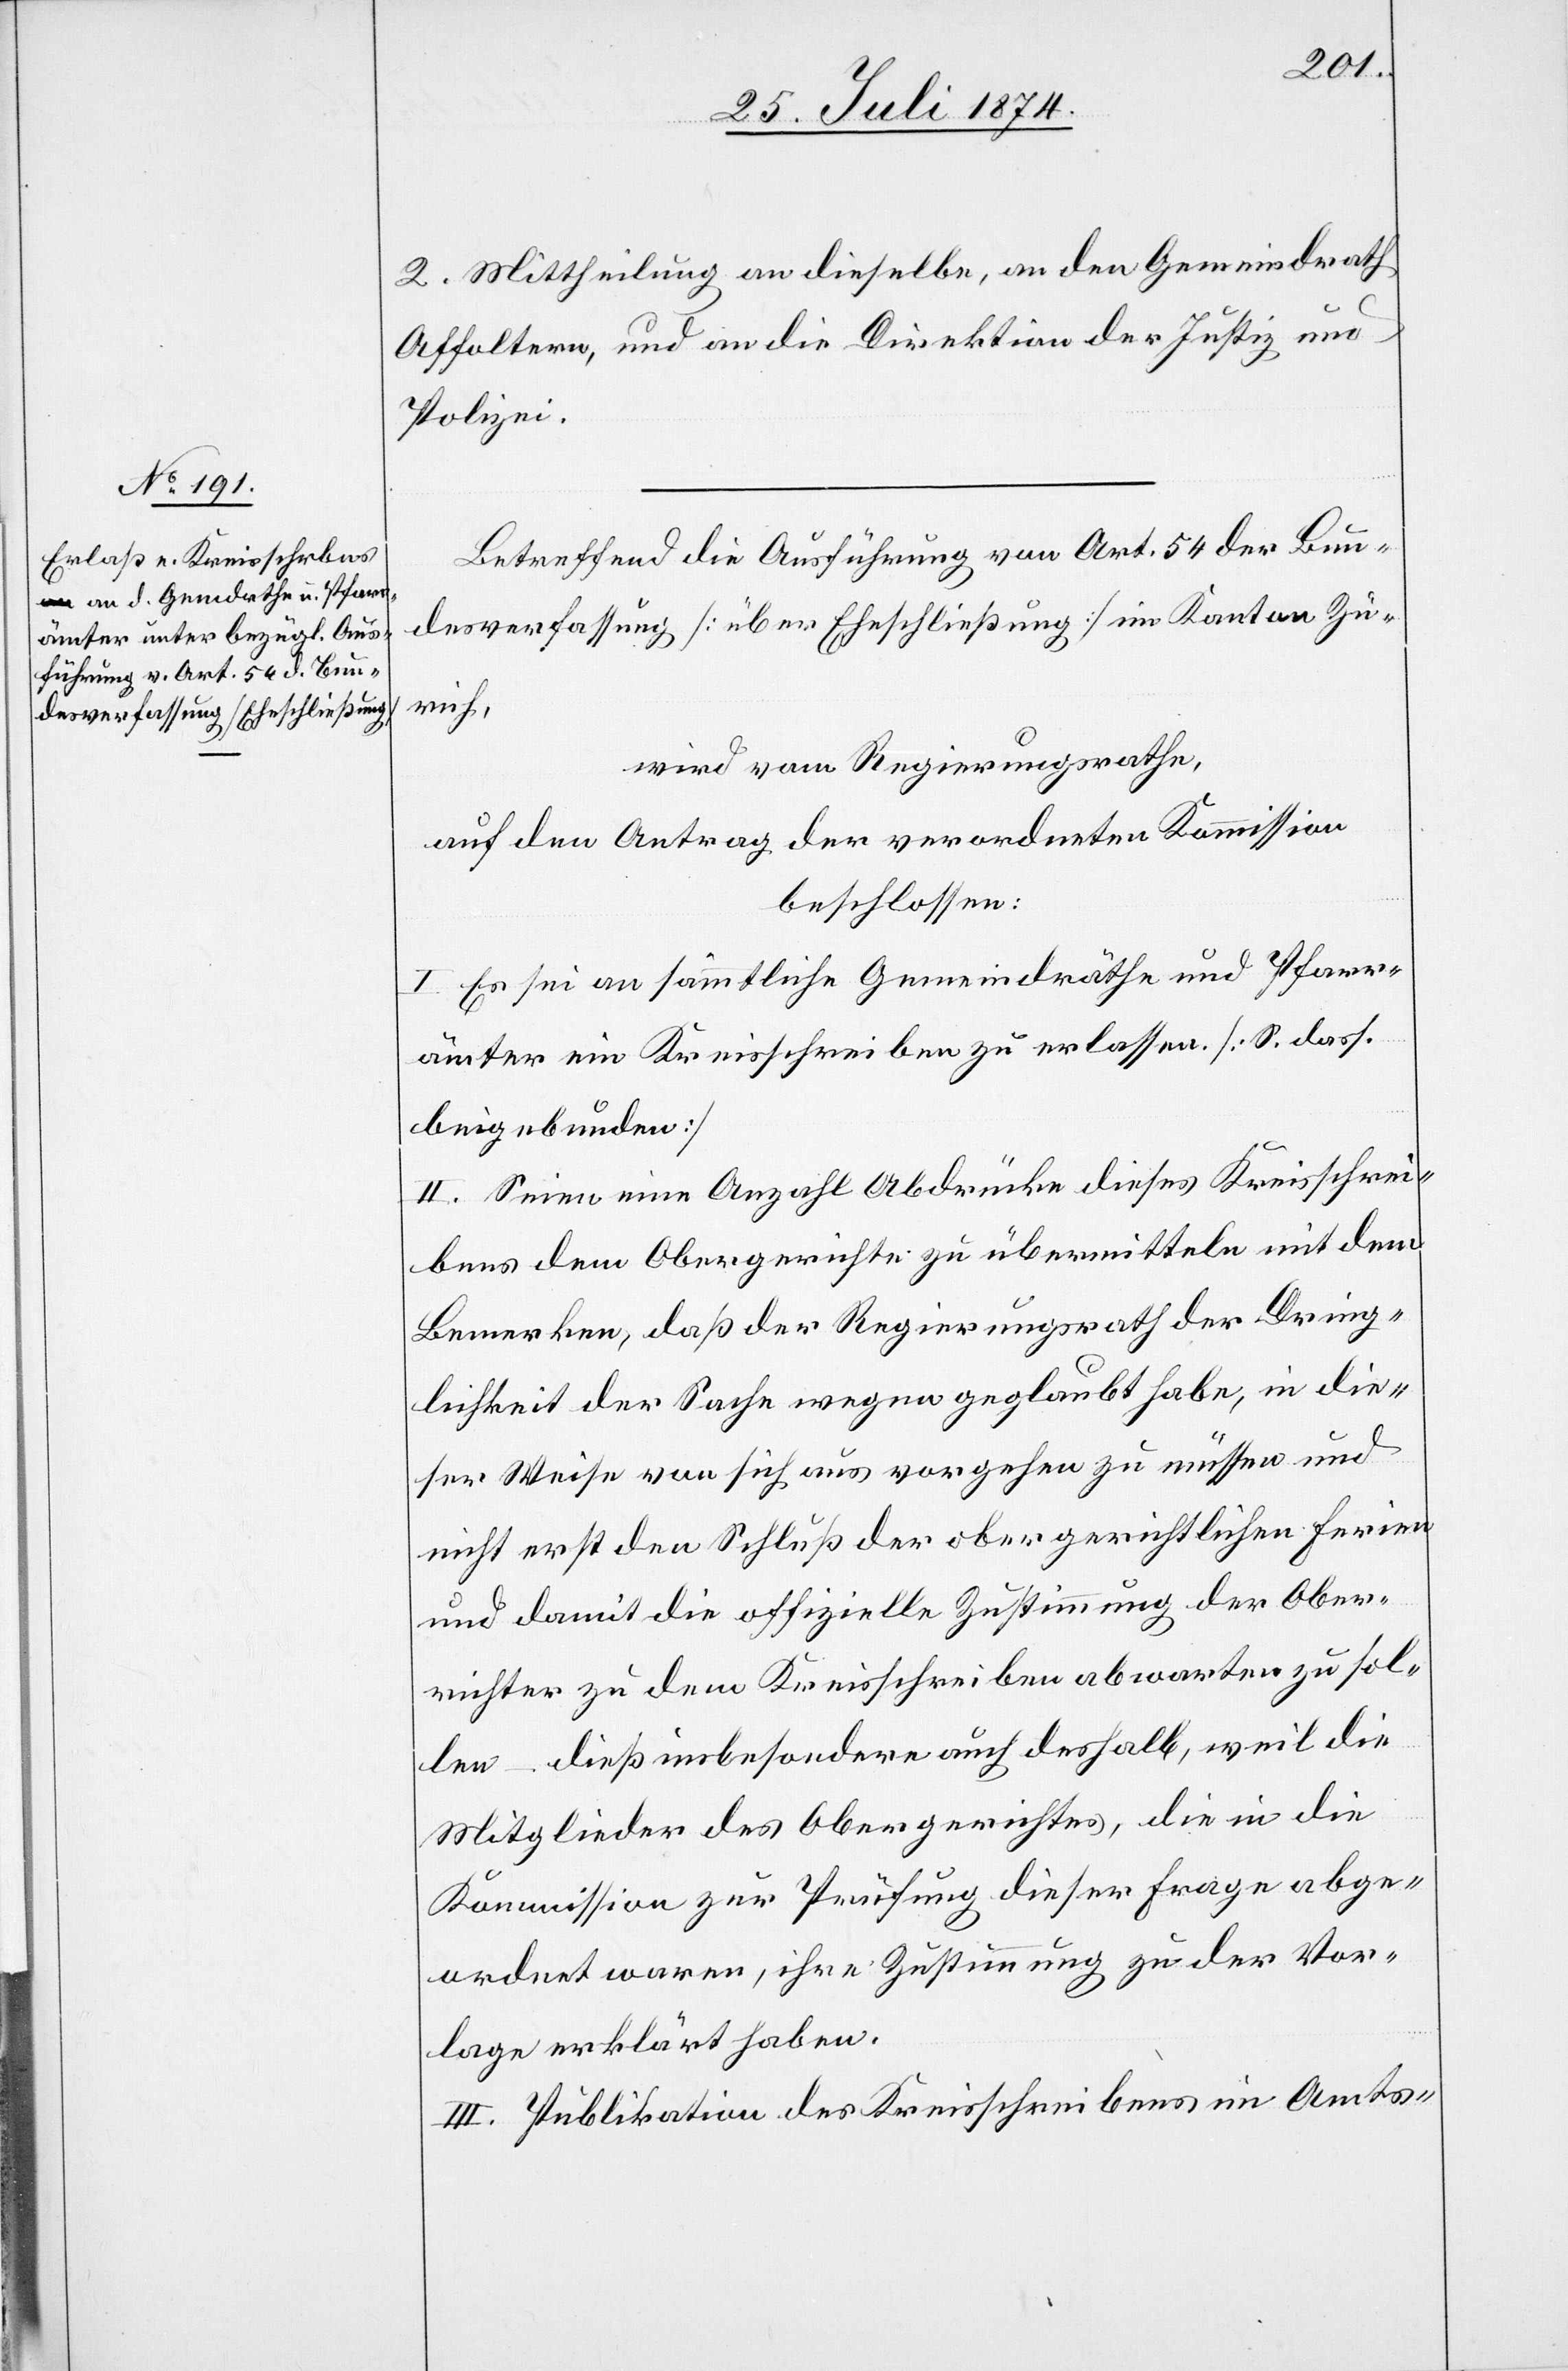
2. Mittheilung an dieselbe, an den Gemeindrath
Affoltern, und an die Direktion der Justiz und
Polizei.
Betreffend die Ausführung von Art. 54 der Bun¬
desverfassung [über Eheschließung] im Kanton Zü¬
rich,
wird vom Regierungsrathe,
auf den Antrag der verordneten Kommission,
beschlossen:
I. Es sei an sämmtliche Gemeindräthe und Pfarr¬
ämter ein Kreisschreiben zu erlassen [S. dass.
beigebunden]
II. Seien eine Anzahl Abdrücke dieses Kreisschrei¬
bens dem Obergerichte zu übermitteln mit dem
Bemerken, daß der Regierungsrath der Dring¬
lichkeit der Sache wegen geglaubt habe, in die¬
ser Weise von sich aus vorgehen zu müssen und
nicht erst den Schluß der obergerichtlichen Ferien
und damit die offizielle Zustimmung der Ober¬
richter zu dem Kreisschreiben abwarten zu sol¬
len – dieß insbesondere auch deshalb, weil die
Mitglieder des Obergerichtes, die in die
Kommission zur Prüfung dieser Frage abge¬
ordnet waren, ihre Zustimmung zu der Vor¬
lage erklärt haben.
III. Publikation des Kreisschreibens im Amts-